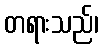
တရားသည်၊